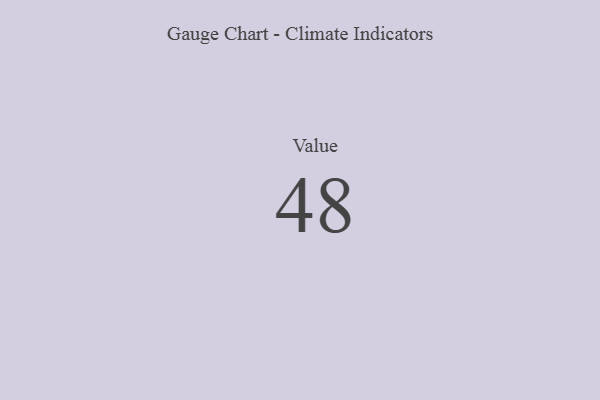
{"axis": {"x": "Metric", "y": "Value"}, "legend": [""], "data": [{"x": "Value", "y": 48, "type": ""}]}